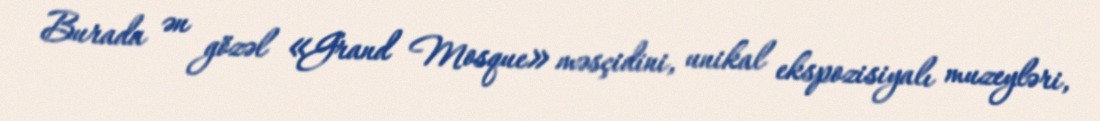
Burada ən gözəl «Grand Mosque» məsçidini, unikal ekspozisiyalı muzeyləri,